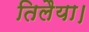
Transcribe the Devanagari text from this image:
तिलैया।